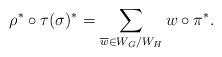
LaTeX: \begin{align*} \rho^{*} \circ \tau (\sigma)^{*} = \sum_{\overline{w} \in W_{G}/W_{H}} w \circ \pi^{*}. \end{align*}